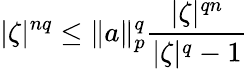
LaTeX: |\zeta|^{nq}\leq\| a\| _{p}^{q}{\frac{|\zeta|^{qn}}{|\zeta|^{q}-1}}